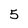
Character: 5